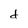
Character: d